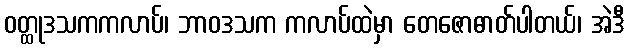
ဝတ္ထုဒသကကလာပ်၊ ဘာဝဒသက ကလာပ်ထဲမှာ တေဇောဓာတ်ပါတယ်၊ အဲဒီ